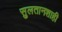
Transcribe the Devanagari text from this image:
सुलतानशाही